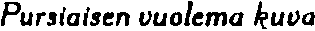
Pursiaisen vuolema kuva